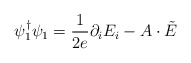
\begin{align*}\psi^\dagger_1\psi_1=\frac{1}{2e}\partial_i E_i-A\cdot\tilde E\end{align*}